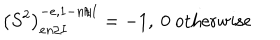
\left( S ^ { 2 } \right) _ { e n / I } ^ { - e , 1 - n / I } = - 1 , \ 0 \mathrm { ~ o t h e r w i s e }